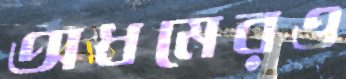
অধমেরও